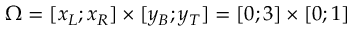
\Omega = [ x _ { L } ; x _ { R } ] \times [ y _ { B } ; y _ { T } ] = [ 0 ; 3 ] \times [ 0 ; 1 ]